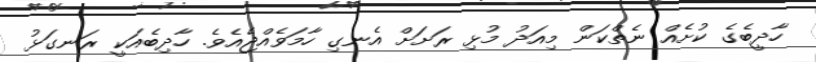
ހާދީބެގެ ކުށެއް ނެތްކަން މިއަދު މުޅި ރަށަށް އެނގި ހާމަވެއްޖެއެވެ. ހާދިބެއަކީ ރަނގަޅު